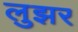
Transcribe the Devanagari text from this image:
लुझर